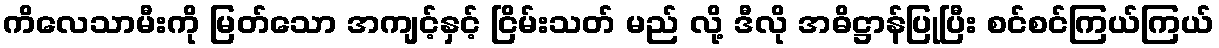
ကိလေသာမီးကို မြတ်သော အကျင့်နှင့် ငြိမ်းသတ် မည် လို့ ဒီလို အဓိဋ္ဌာန်ပြုပြီး စင်စင်ကြယ်ကြယ်